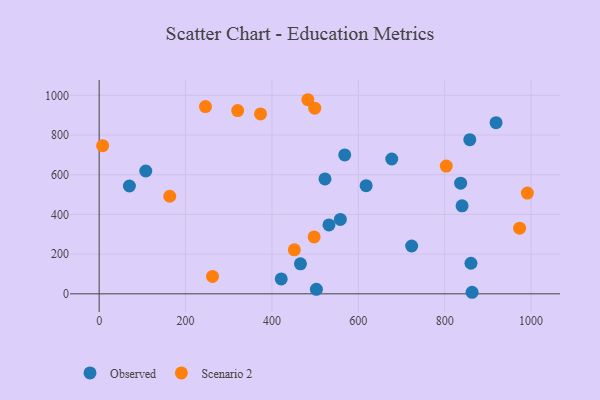
{"axis": {"x": "Price", "y": "Profit"}, "legend": ["Observed", "Scenario 2"], "data": [{"x": "421.5", "y": 75.0, "type": "Observed"}, {"x": "107.9", "y": 618.7, "type": "Observed"}, {"x": "522.8", "y": 578.8, "type": "Observed"}, {"x": "840.2", "y": 443.5, "type": "Observed"}, {"x": "863.4", "y": 7.9, "type": "Observed"}, {"x": "502.9", "y": 22.8, "type": "Observed"}, {"x": "618.1", "y": 545.1, "type": "Observed"}, {"x": "558.4", "y": 374.8, "type": "Observed"}, {"x": "70.0", "y": 543.3, "type": "Observed"}, {"x": "532.0", "y": 347.4, "type": "Observed"}, {"x": "860.8", "y": 154.0, "type": "Observed"}, {"x": "918.9", "y": 862.2, "type": "Observed"}, {"x": "568.5", "y": 699.7, "type": "Observed"}, {"x": "723.5", "y": 241.0, "type": "Observed"}, {"x": "836.9", "y": 557.4, "type": "Observed"}, {"x": "858.1", "y": 776.5, "type": "Observed"}, {"x": "466.0", "y": 151.0, "type": "Observed"}, {"x": "677.4", "y": 679.1, "type": "Observed"}, {"x": "320.7", "y": 923.3, "type": "Scenario 2"}, {"x": "991.4", "y": 507.6, "type": "Scenario 2"}, {"x": "373.6", "y": 906.3, "type": "Scenario 2"}, {"x": "262.4", "y": 87.8, "type": "Scenario 2"}, {"x": "499.1", "y": 935.0, "type": "Scenario 2"}, {"x": "163.4", "y": 491.6, "type": "Scenario 2"}, {"x": "483.1", "y": 977.8, "type": "Scenario 2"}, {"x": "497.7", "y": 286.9, "type": "Scenario 2"}, {"x": "8.0", "y": 746.2, "type": "Scenario 2"}, {"x": "246.1", "y": 943.3, "type": "Scenario 2"}, {"x": "803.6", "y": 643.8, "type": "Scenario 2"}, {"x": "451.9", "y": 221.7, "type": "Scenario 2"}, {"x": "973.4", "y": 330.7, "type": "Scenario 2"}]}